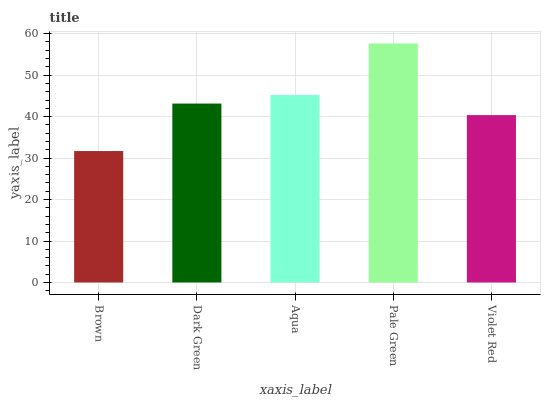
| xaxis_label | bars |
 | --- | --- |
 | Brown | 31.7 |
 | Dark Green | 43.1 |
 | Aqua | 45.2 |
 | Pale Green | 57.6 |
 | Violet Red | 40.4 |